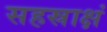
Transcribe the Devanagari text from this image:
सहस्राक्षं